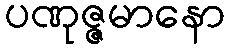
ပဏုဇ္ဇမာနော